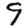
Digit: 9